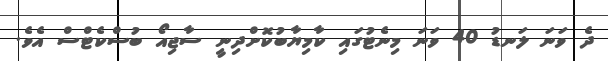
ދެ ވަނަ ލަނޑު 40 ވަނަ މިނެޓުގައި ކާމިޔާބުކޮށްދިނީ ސާޖިއޯ ބުސްކެޓްސް އެވެ.